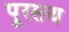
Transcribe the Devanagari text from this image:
पूरसथ